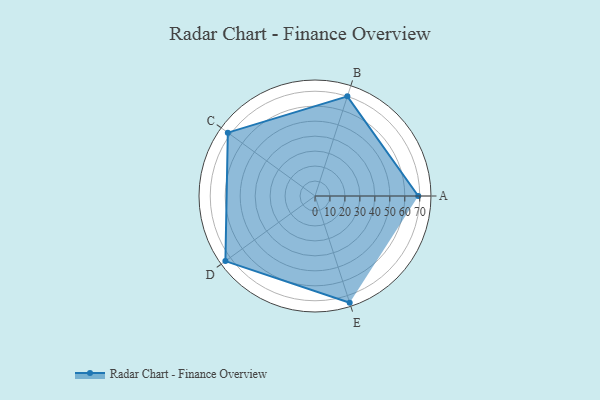
{"axis": {"x": "Skill", "y": "Score"}, "legend": ["Profile"], "data": [{"x": "A", "y": 69.0, "type": "Profile"}, {"x": "B", "y": 70.0, "type": "Profile"}, {"x": "C", "y": 72.0, "type": "Profile"}, {"x": "D", "y": 74.0, "type": "Profile"}, {"x": "E", "y": 75.0, "type": "Profile"}]}